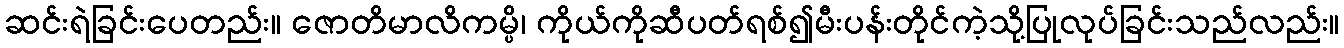
ဆင်းရဲခြင်းပေတည်း။ ဇောတိမာလိကမ္ပိ၊ ကိုယ်ကိုဆီပတ်ရစ်၍မီးပန်းတိုင်ကဲ့သို့ပြုလုပ်ခြင်းသည်လည်း။